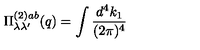
\Pi _ { \lambda \lambda ^ { \prime } } ^ { ( 2 ) a b } ( q ) = \int \frac { d ^ { 4 } k _ { 1 } } { ( 2 \pi ) ^ { 4 } }